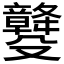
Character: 𣫡